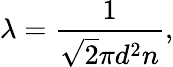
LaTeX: \lambda=\frac{1}{\sqrt{2}\pi d^{2}n},